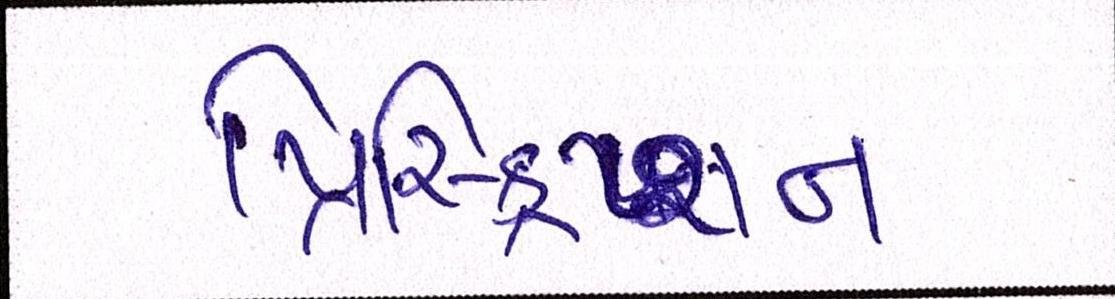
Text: પ્રિસ્ક્રિપ્શન